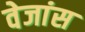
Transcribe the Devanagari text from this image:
वेजांस